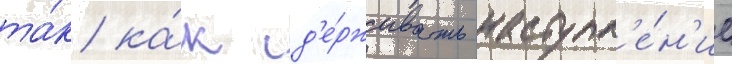
та́к ка́к сд'е́рживать наступл'е́н'ие